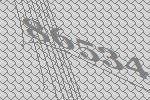
86534